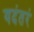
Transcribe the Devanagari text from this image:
यदंतरं